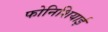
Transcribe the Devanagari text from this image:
फोनिशियाई